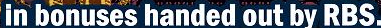
In bonuses handed out by RBS